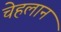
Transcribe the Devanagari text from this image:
चेहलान